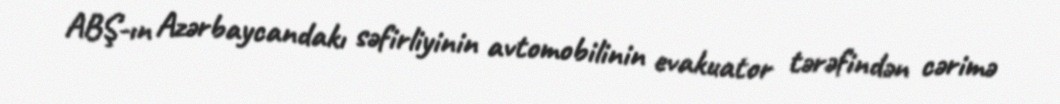
ABŞ-ın Azərbaycandakı səfirliyinin avtomobilinin evakuator tərəfindən cərimə